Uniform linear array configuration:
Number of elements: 64
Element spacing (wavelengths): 1
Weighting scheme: uniform
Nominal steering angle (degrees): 15
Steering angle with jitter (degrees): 13.261
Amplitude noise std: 0.05
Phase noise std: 0.05

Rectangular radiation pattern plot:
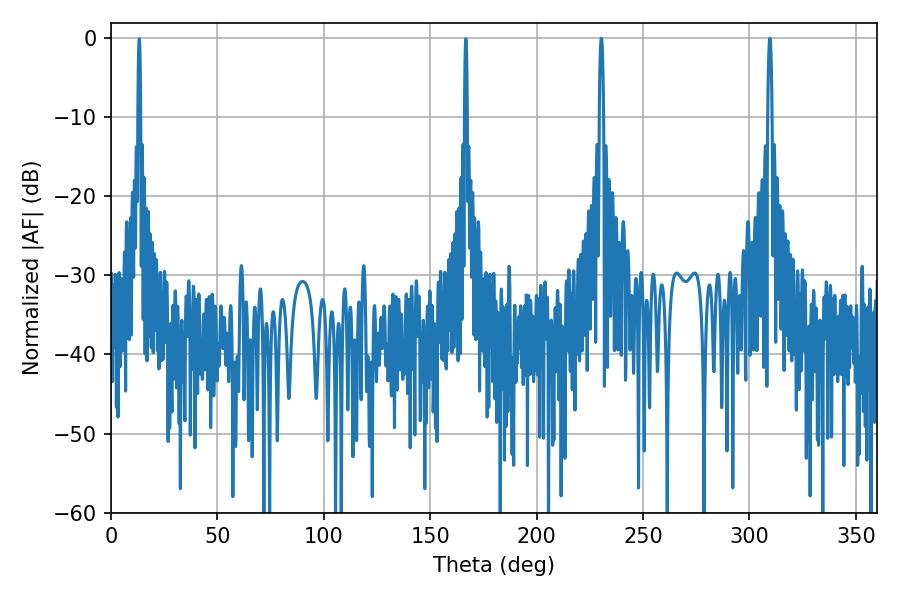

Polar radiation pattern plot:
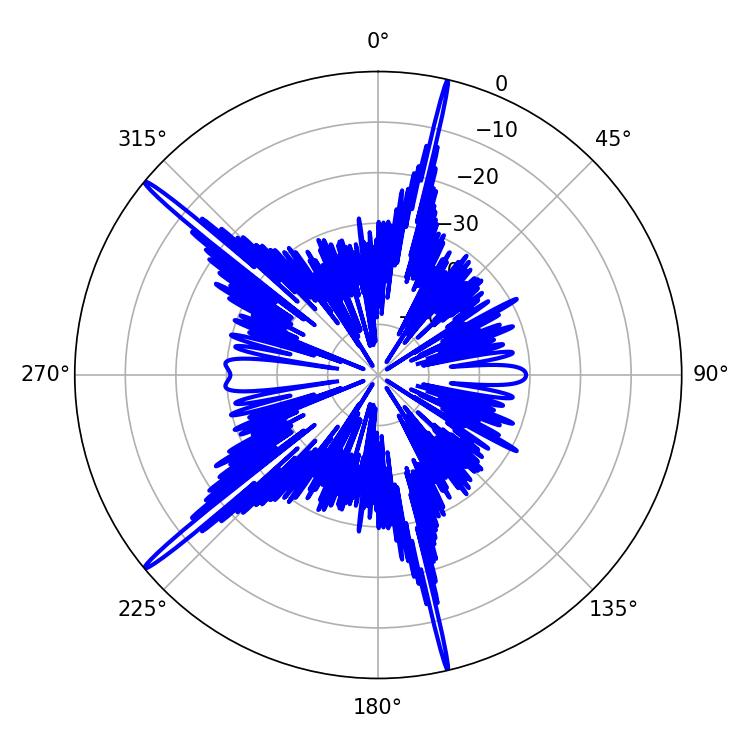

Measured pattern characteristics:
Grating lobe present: TRUE
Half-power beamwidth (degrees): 1.08
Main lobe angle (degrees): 230.4